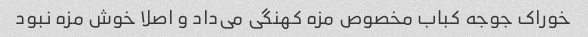
خوراک جوجه کباب مخصوص مزه کهنگی می‌داد و اصلا خوش مزه نبود